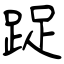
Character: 踀